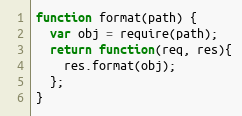
Language: JavaScript
function format(path) {
  var obj = require(path);
  return function(req, res){
    res.format(obj);
  };
}